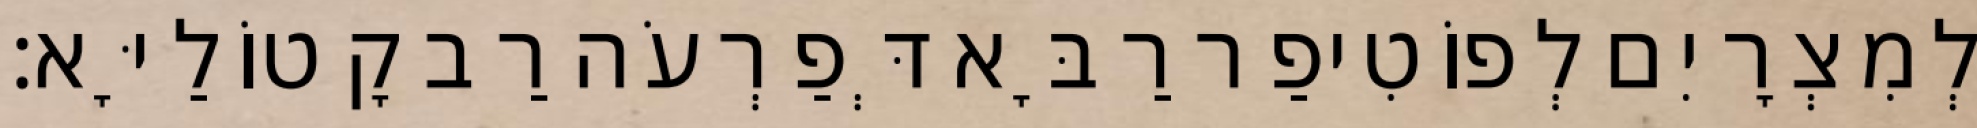
לְמִצְרָיִם לְפוֹטִיפַר רַבָּא דְּפַרְעֹה רַב קָטוֹלַיָּא׃